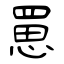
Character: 罳